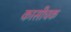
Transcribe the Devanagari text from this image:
कासीचक